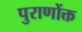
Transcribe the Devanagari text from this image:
पुराणोंक्त